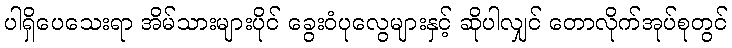
ပါရှိပေသေးရာ အိမ်သားများပိုင် ခွေးဝံပုလွေများနှင့် ဆိုပါလျှင် တောလိုက်အုပ်စုတွင်